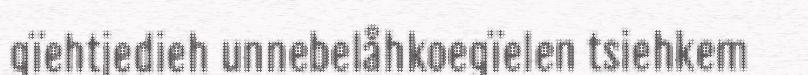
gïehtjedieh unnebelåhkoegïelen tsiehkem